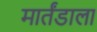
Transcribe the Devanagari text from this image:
मार्तंडाला